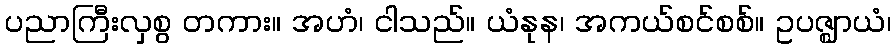
ပညာကြီးလှစွ တကား။ အဟံ၊ ငါသည်။ ယံနုန၊ အကယ်စင်စစ်။ ဥပဇ္ဈာယံ၊